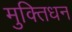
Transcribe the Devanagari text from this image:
मुक्तिधन